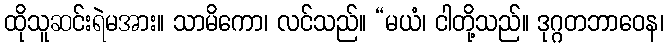
ထိုသူဆင်းရဲမအား။ သာမိကော၊ လင်သည်။ “မယံ၊ ငါတို့သည်။ ဒုဂ္ဂတဘာဝေန၊